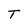
Character: T